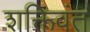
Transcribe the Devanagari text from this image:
शक्तिवंत